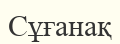
Сұғанақ